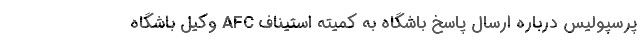
پرسپولیس درباره ارسال پاسخ باشگاه به کمیته استیناف AFC وکیل باشگاه